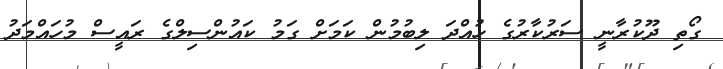
ގޯތި ދޫކުރާނީ ސަރުކާރުގެ ހުއްދަ ލިބުމުން ކަމަށް ގަމު ކައުންސިލްގެ ރައީސް މުހައްމަދު